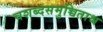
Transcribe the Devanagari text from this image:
चशब्दसमुच्चिताश्च